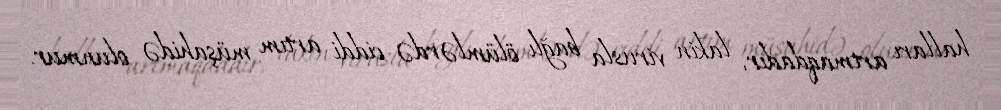
halları artmaqdadır, lakin virusla bağlı ölümlərdə ciddi artım müşahidə olunmur.